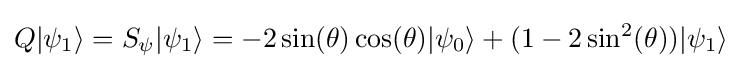
Q|\psi _{1}\rangle =S_{\psi }|\psi _{1}\rangle =-2\sin(\theta )\cos(\theta )|\psi _{0}\rangle +(1-2\sin ^{2}(\theta ))|\psi _{1}\rangle